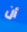
أن